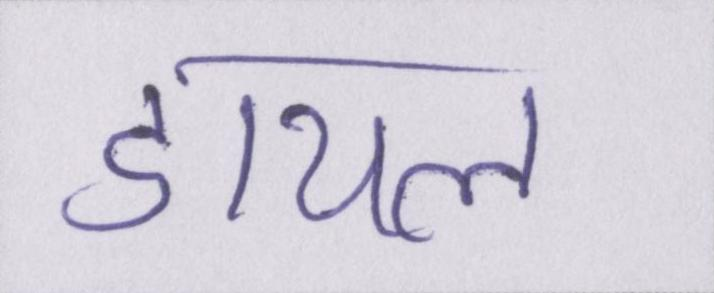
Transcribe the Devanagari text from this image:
डायल